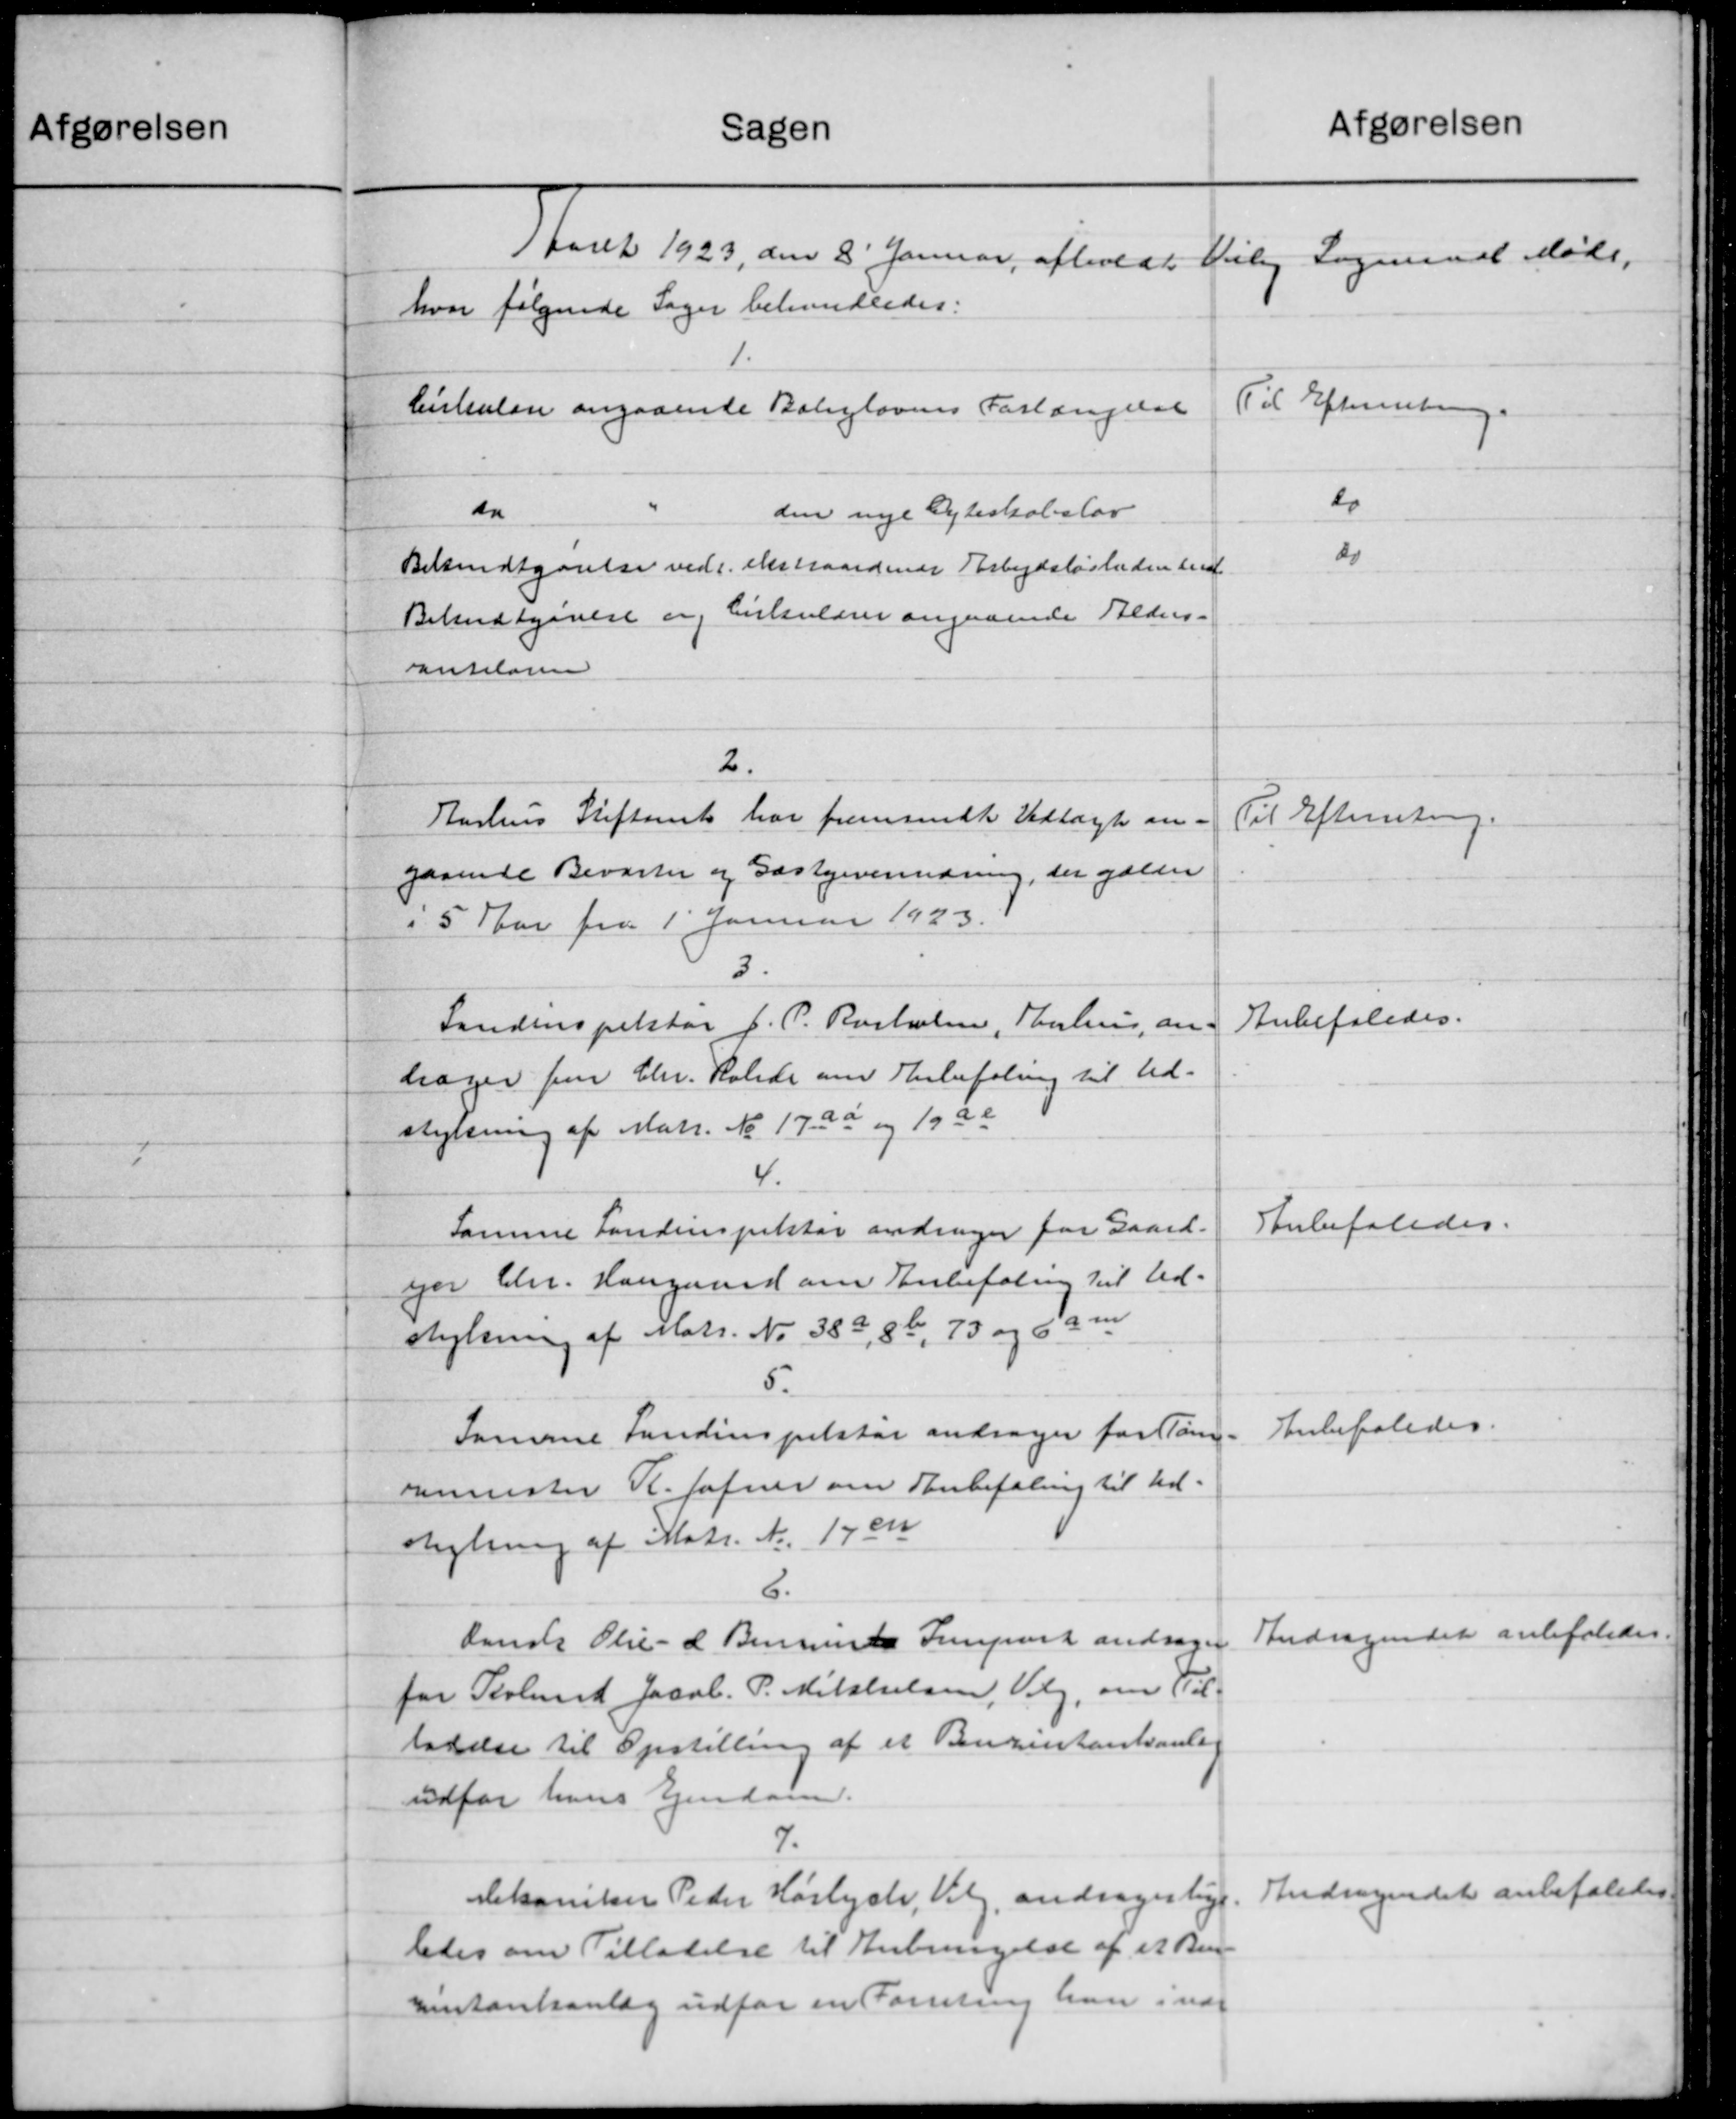
Transskription:
Sagen
1 Aaret 1923, den 8' Januar afholdte
hvor følgende Sager behandledes:
1.
Cirkulære angaaende Boliglovens Forlængelse
do
den nye Gyteskabslov
Bekendtgørelse vedr. ekstraordinær Arbejdsløsheden end
Bekendtgørelse og Cirkulærer angaaende Alders-
rntelasen
2.
Aarhus Stiftamt har fremsendt Vedtægt an-
gaaende Beværter og Gæstgiverindring, der gælder
i 5 Aar fra 1' Januar 1923.
3.
Landinspektør J. P. Rasholm, Aarhus an-
høger for Chr. Holde om Anbefaling til Ud-
stykning af Matr. No 17 aa og 1922
4.
Samme Landinspektør andrager for Gaard.
fjor Chr. Haugaard om Anbefaling til Ud-
stykning af Matr. No 389, 86, 73 og 6a m
5.
Samme Landinspektør andrager for Tom
minister R. Jafner om Anbefaling til Ud-
skydning af Matr. N. 17 en
6.
danske Olie- d Benning Senpart andrager
for Terlund Jacob. P. Mikkelsen, Valg, om Til-
ladelse til Opstilling af et Benzintantsanle
udfor hans Ejendom.
7
Mekaniker Peder Hørlyst, Valg andrager lig
ledes om Tilladelse til Anbringelse af et Ben
ontankanlæg udfor en Forening han inde